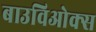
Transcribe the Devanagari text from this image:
बाउविओक्स